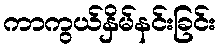
ကာကွယ်နှိမ်နင်းခြင်း